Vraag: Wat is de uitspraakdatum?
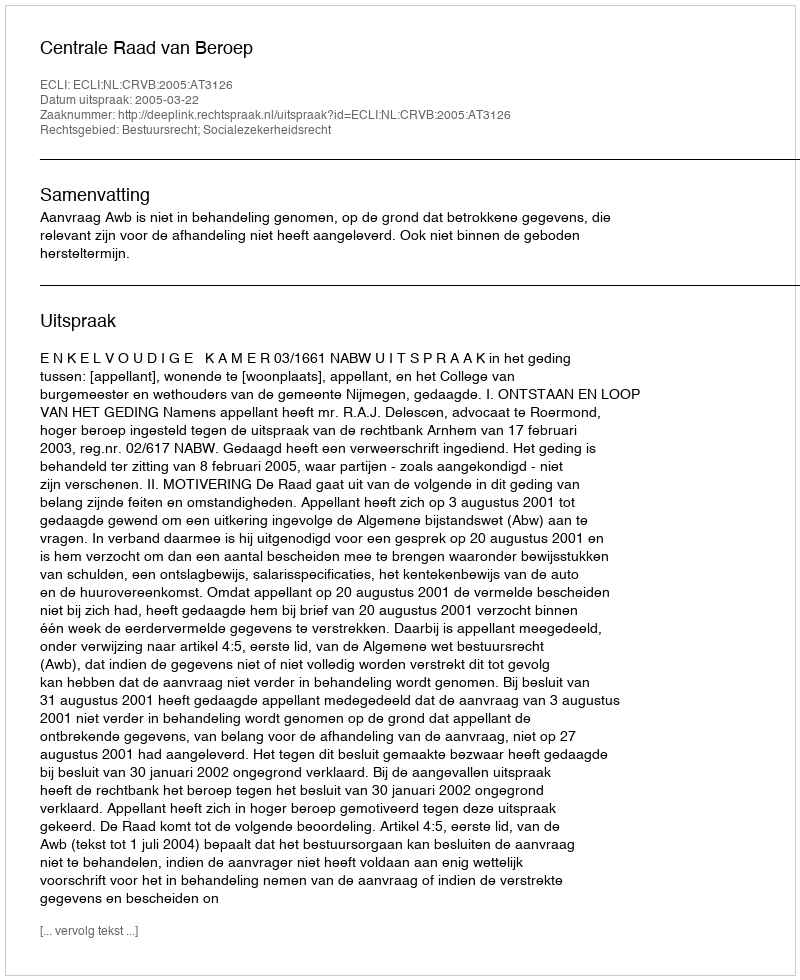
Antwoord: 2005-03-22